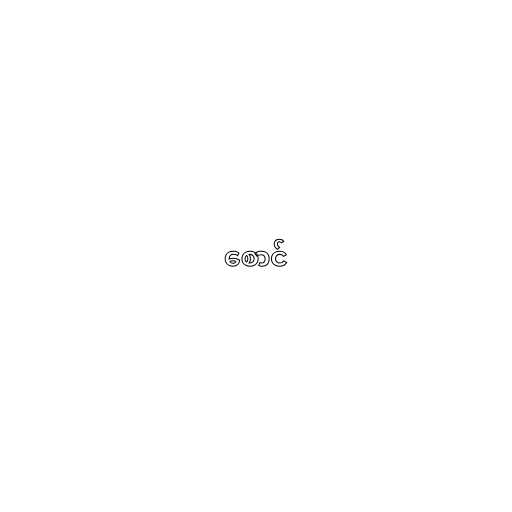
စောင်